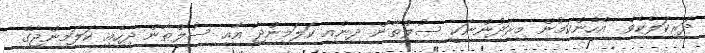
ދަރިކަލެކެވެ. އެހެންކަމުން މިރަދުންނަކީ ސުލްޠާން ދިނެއި ކަލަމިންޖާ އާއި ސުލްޠާން ދިހެއި ކަލަމިންޖާގެ